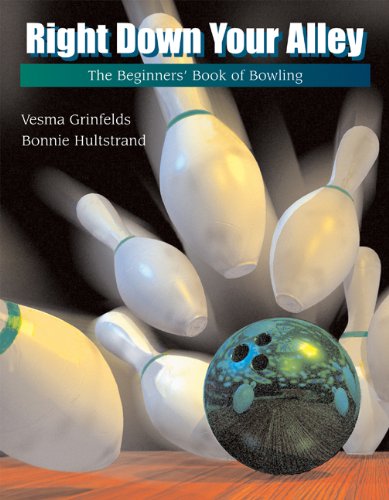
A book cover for Right Down Your Alley: The Beginner's Book of Bowling (The Wadsworth Activities Series); Vesma Grinfelds; Sports & Outdoors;